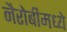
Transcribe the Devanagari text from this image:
नैरोबीमध्ये